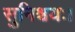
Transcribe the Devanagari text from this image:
सुनिश्चयः।